Senior Leaving Certificate Examination (including Day School Certificate (Higher) General paper), 1950
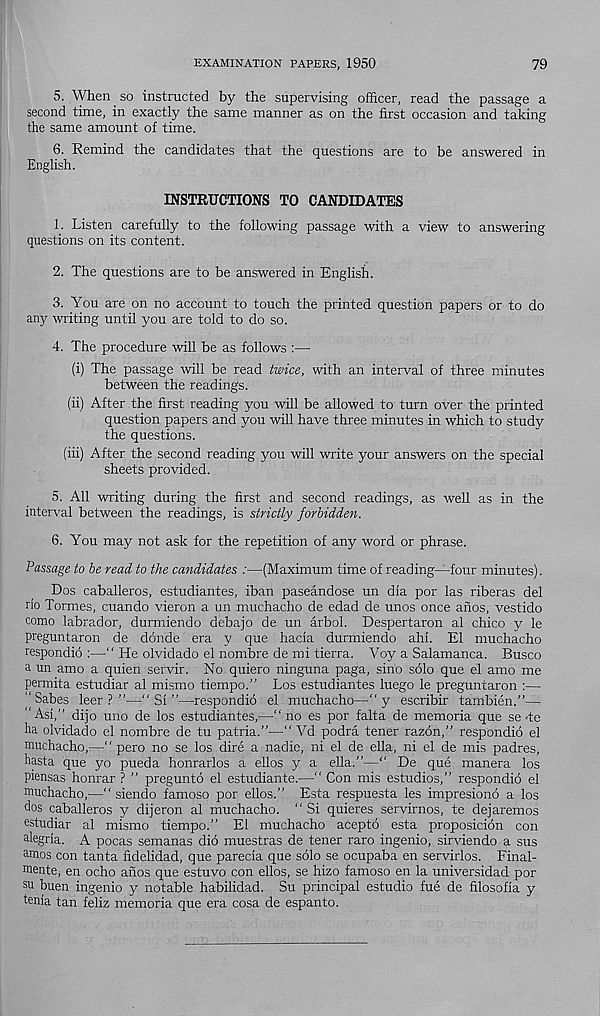
EXAMINATION PAPERS, 1950
79
5. When so instructed by the supervising officer, read the passage a
second time, in exactly the same manner as on the first occasion and taking
the same amount of time.
6. Remind the candidates that the questions are to be answered in
English.
INSTRUCTIONS TO CANDIDATES
1. Listen carefully to the following passage with a view to answering
questions on its content.
2. The questions are to be answered in English.
3. You are on no account to touch the printed question papers or to do
any writing until you are told to do so.
4. The procedure will be as follows :—
(i) The passage will be read twice, with an interval of three minutes
between the readings.
(ii) After the first reading you will be allowed to turn over the printed
question papers and you will have three minutes in which to study
the questions.
(iii) After the second reading you will write your answers on the special
sheets provided.
5. All writing during the first and second readings, as well as in the
interval between the readings, is strictly forbidden.
6. You may not ask for the repetition of any word or phrase.
Passage to be read to the candidates :—(Maximum time of reading—four minutes).
Dos caballeros, estudiantes, iban paseandose un dia por las riberas del
no Tonnes, cuando vieron a un muchacho de edad de unos once anos, vestido
como labrador, durmiendo debajo de un arbol. Despertaron al chico y le
preguntaron de donde era y que hacia durmiendo ahi. El muchacho
respondio :—" He olvidado el nombre de mi tierra. Voy a Salamanca. Busco
a un amo a quien servir. No quiero ninguna paga, sino solo que el amo me
permita estudiar al mismo tiempo.” Los estudiantes luego le preguntaron :—
‘‘Sabes leer?”—-“Si”—respondio el muchacho—" y escribir tambien.”—
“Asi,” dijo uno de los estudiantes,—“no es por falta de memoria que se te
ha olvidado el nombre de tu patria.”—“ Vd podra tener razon,” respondio el
muchacho,—“ pero no se los dire a nadic, ni el de ella, ni el de mis padres,
hasta que yo pueda honrarlos a ellos y a ella.”—“ De que manera los
piensas honrar ? ” pregunto el estudiante.—“ Con mis estudios,” respondio el
muchacho,—“ siendo famoso por ellos.” Esta respuesta les impresiono a los
dos caballeros y dijeron al muchacho. “ Si quieres servirnos, te dejaremos
estudiar al mismo tiempo.” El muchacho acepto esta proposicion con
alegria. A pocas semanas did muestras de tener raro ingenio, sirviendo a sus
amos con tanta fidelidad, que parecia que solo se ocupaba en servirlos. Final-
roente, en ocho anos que estuvo con ellos, se hizo famoso en la universidad por
su buen ingenio y notable habilidad. Su principal estudio fue de filosofia y
tenia tan feliz memoria que era cosa de espanto.